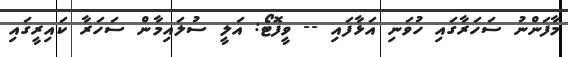
މާފަންނު ސަހަރާގައި ހުވަނި އަޅާފައި -- ވީފޮޓޯ: އަލީ ސުލައިމާން ސަހަރާ ކައިރީގައި